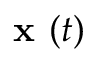
{ \textbf { x } } ( t )